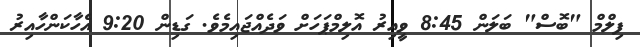
ފިލްމް "ބޮސް" ބަލަން 8:45 ވީއިރު އޮލިމްޕަހަށް ވަދެއްޖައިމެވެ. ގަޑިން 9:20 އެހާކަންހާއިރު